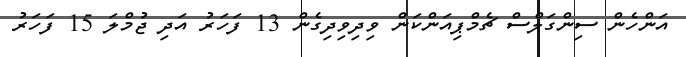
އަންހެން ސިންގަލްސް ޗެމްޕިއަންކަން ވިދިވިދިގެން 13 ފަހަރު އަދި ޖުމްލަ 15 ފަހަރު